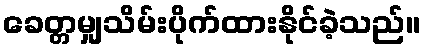
ခေတ္တမျှသိမ်းပိုက်ထားနိုင်ခဲ့သည်။